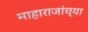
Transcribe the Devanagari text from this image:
माहाराजांच्या